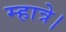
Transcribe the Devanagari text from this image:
म्हात्रे।